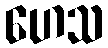
ဟေသ